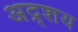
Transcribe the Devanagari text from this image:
अद्र्शय